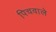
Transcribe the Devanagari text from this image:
पिचवाले